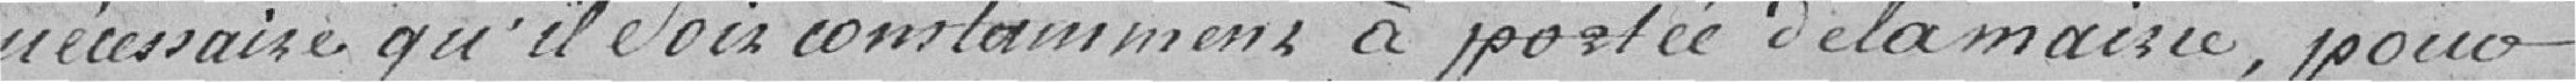
nécessaire qu'il soit constamment à portée de la mairie pour